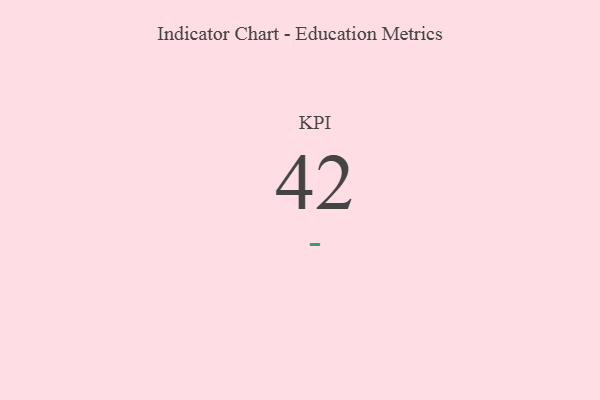
{"axis": {"x": "KPI", "y": "Value"}, "legend": [""], "data": [{"x": "KPI", "y": 42, "type": ""}]}